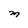
Character: M